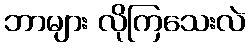
ဘာများ လိုကြသေးလဲ